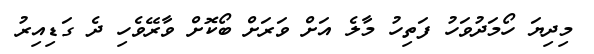
މިދިޔަ ހޯމަދުވަހު ފަތިހު މާލެ އަށް ވަރަށް ބޯކޮށް ވާރޭވެހި ދެ ގަޑިއިރު